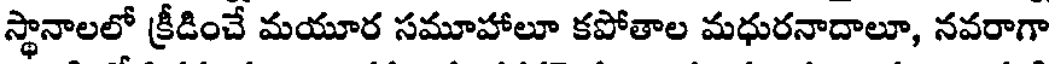
స్థానాలలో క్రీడించే మయూర సమూహాలూ కపోతాల మధురనాదాలూ, నవరాగా